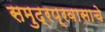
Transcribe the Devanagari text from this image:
समुद्रप्रवासाचे